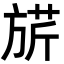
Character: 𣄄